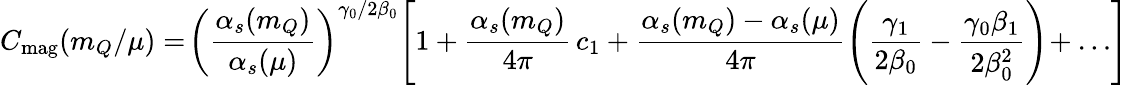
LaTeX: C_{\mathrm{mag}}(m_{Q}/\mu)=\! \left(\frac{\alpha_{s}(m_{Q})}{\alpha_{s}(\mu)}\right)^{\gamma_{0}/2\beta_{0}}\! \left[1+\frac{\alpha_{s}(m_{Q})}{4\pi}\, c_{1}+\frac{\alpha_{s}(m_{Q})-\alpha_{s}(\mu)}{4\pi}\left(\frac{\gamma_{1}}{2\beta_{0}}-\frac{\gamma_{0}\beta_{1}}{2\beta_{0}^{2}}\right)\! +\dots\right]\,